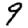
Digit: 9